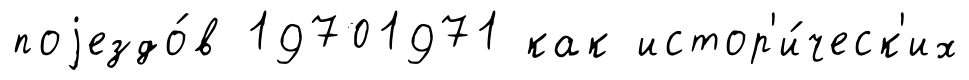
поjездо́в 19701971 как истор'и́ческ'их